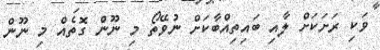
ވަކި ރަށަކަށްް ލާއި ބައިތިއްބާކަށް ނުވޭތޯ މި ނޫން ގޮތެއް މި ނޫން